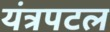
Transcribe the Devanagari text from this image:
यंत्रपटल